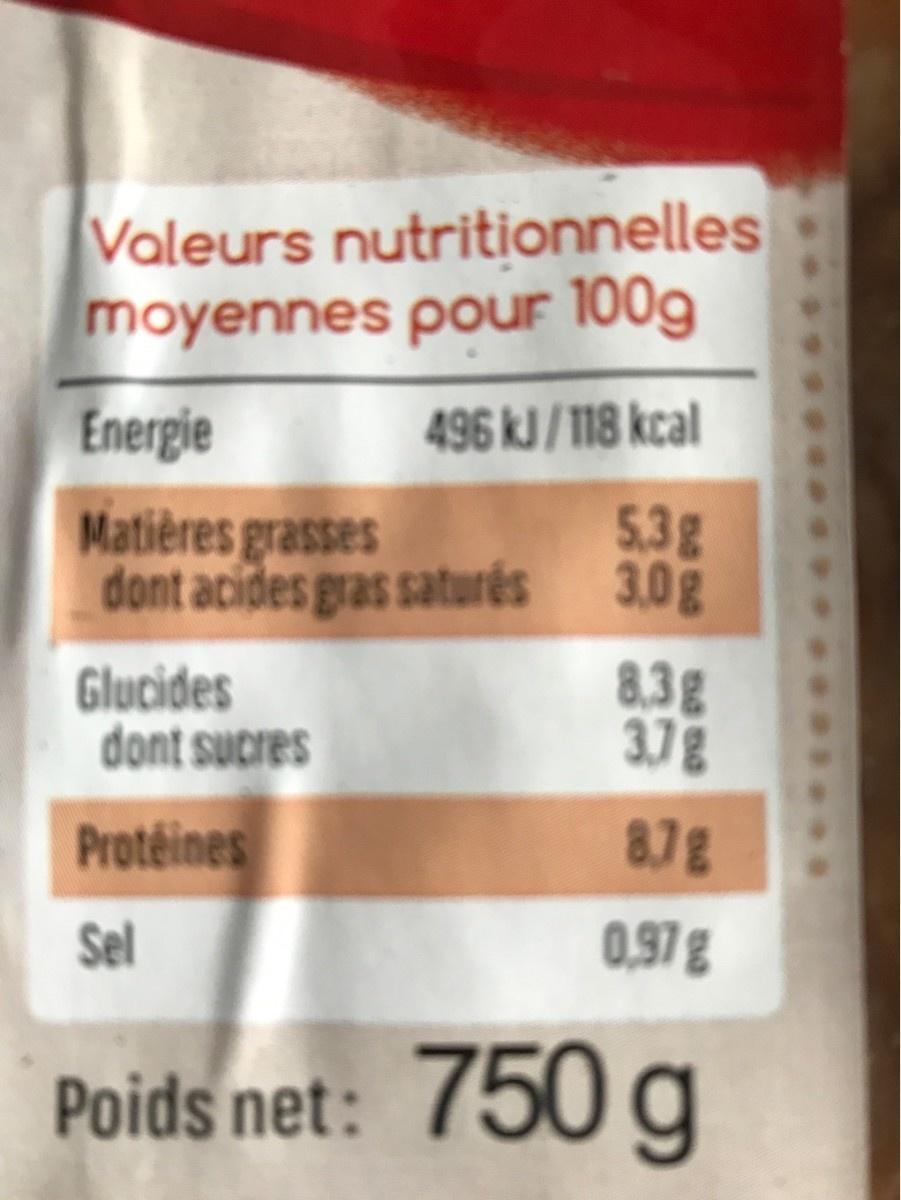
Valeurs nutritionnelles moyennes pour 100g
Energie
496 kJ/118 kcal
Matières grasses
5.3g
dont acides gras saturés
3,0g
Glucides dont sucres
8.3g 3.7g
Protéines
8.7g
Sel
0,97 g
Poids net: 750 g